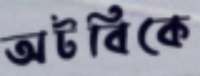
অটবিকে